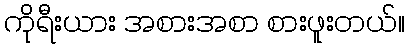
ကိုရီးယား အစားအစာ စားဖူးတယ်။